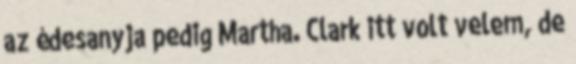
az édesanyja pedig Martha. Clark itt volt velem, de